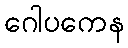
ဂေါပကေန